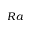
R a